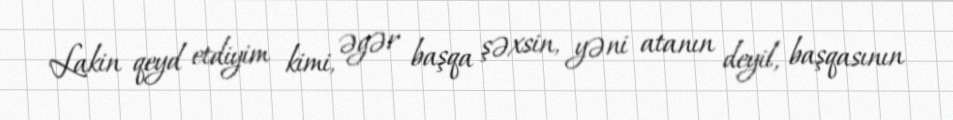
Lakin qeyd etdiyim kimi, əgər başqa şəxsin, yəni atanın deyil, başqasının